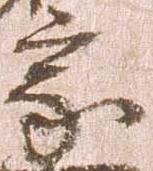
家